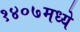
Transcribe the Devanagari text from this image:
१४०७मध्ये